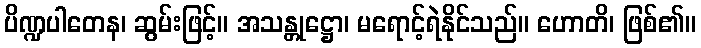
ပိဏ္ဍပါတေန၊ ဆွမ်းဖြင့်။ အသန္တုဋ္ဌော၊ မရောင့်ရဲနိုင်သည်။ ဟောတိ၊ ဖြစ်၏။